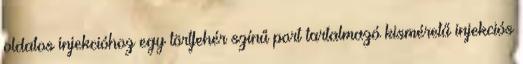
oldatos injekcióhoz egy törtfehér színű port tartalmazó kisméretű injekciós